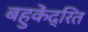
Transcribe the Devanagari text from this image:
बहुकेंद्रित